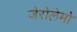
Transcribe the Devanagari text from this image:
जेरोलेमो